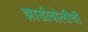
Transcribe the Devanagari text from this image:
झाडीबोलीची